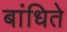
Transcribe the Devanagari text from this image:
बांधिते